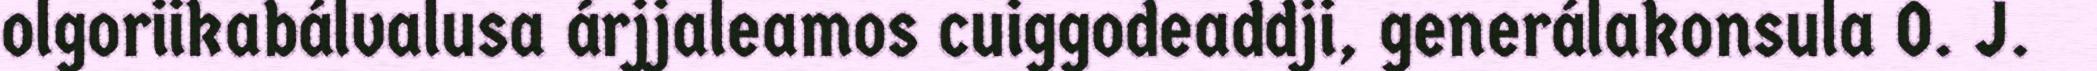
olgoriikabálvalusa árjjaleamos cuiggodeaddji, generálakonsula O. J.